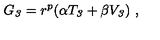
G _ { \it 3 } = r ^ { p } ( \alpha T _ { \it 3 } + \beta V _ { \it 3 } ) \ ,